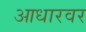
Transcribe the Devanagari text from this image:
आधारवर